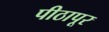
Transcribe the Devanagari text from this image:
पीठापूर